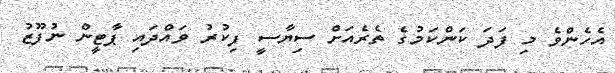
އެހެންވެ މި ފަދަ ކަންކަމުގެ ތެރެއަށް ސިޔާސީ ފިކުރު ވައްދައި ޕާޓީން ނުފޫޒު